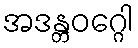
အဒန္တဝဂ္ဂေါ